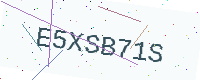
Text: E5XSB71S